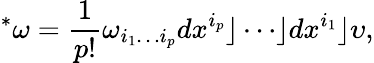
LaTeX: {}^{*}\omega={\frac{1}{p!}}\omega_{i_{1}\ldots i_{p}}dx^{i_{p}}\rfloor\cdots\rfloor dx^{i_{1}}\rfloor\upsilon,